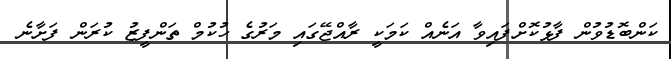
ކަންބޮޑުވުން ފާޅުކޮށްފައިވާ އަނެއް ކަމަކީ ރާއްޖޭގައި މަރުގެ ހުކުމް ތަންފީޒު ކުރަން ފަށާނެ